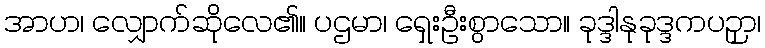
အာဟ၊ လျှောက်ဆိုလေ၏။ ပဌမာ၊ ရှေးဦးစွာသော။ ခုဒ္ဒါနုခုဒ္ဒကပဉှာ၊